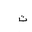
Letter: _ta